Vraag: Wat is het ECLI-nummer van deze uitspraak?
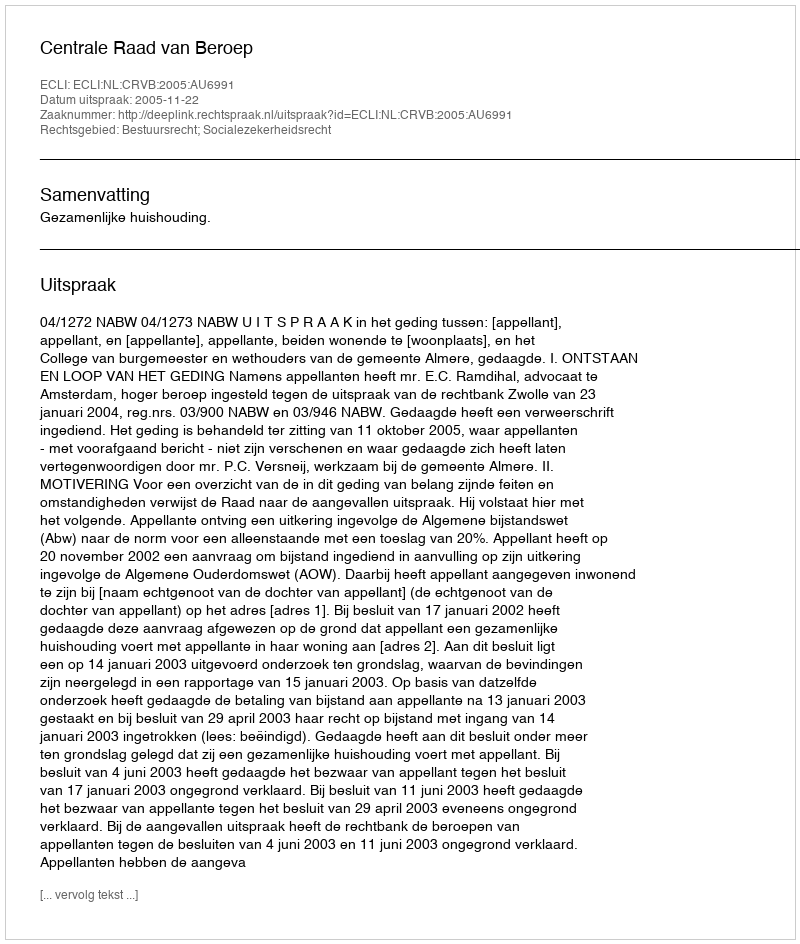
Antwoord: ECLI:NL:CRVB:2005:AU6991